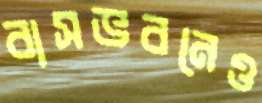
বাসভবনেও